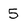
Character: 5